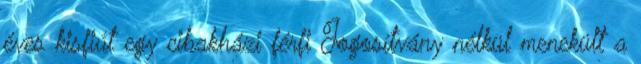
éves kisfiút egy cibakházi férfi Jogosítvány nélkül menekült a